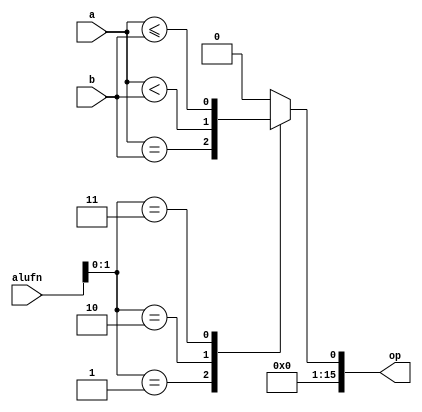
/*
   This file was generated automatically by Alchitry Labs version 1.2.1.
   Do not edit this file directly. Instead edit the original Lucid source.
   This is a temporary file and any changes made to it will be destroyed.
*/

module comparator_7 (
    input [5:0] alufn,
    input [15:0] a,
    input [15:0] b,
    output reg [15:0] op
  );
  
  
  
  always @* begin
    
    case (alufn[0+1-:2])
      2'h1: begin
        op = $signed(a) == $signed(b);
      end
      2'h2: begin
        op = $signed(a) < $signed(b);
      end
      2'h3: begin
        op = $signed(a) <= $signed(b);
      end
      default: begin
        op = 16'h0000;
      end
    endcase
  end
endmodule